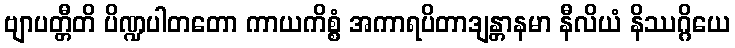
ဗျာပတ္တီတိ ပိဏ္ဍပါတတော ကာယကိစ္စံ အကာရပိတာဒျန္တာနမာ နီလိယံ နိဿဂ္ဂိယေ